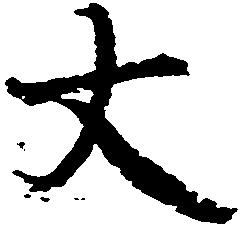
大